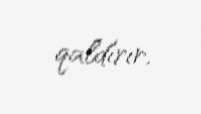
qaldırır.